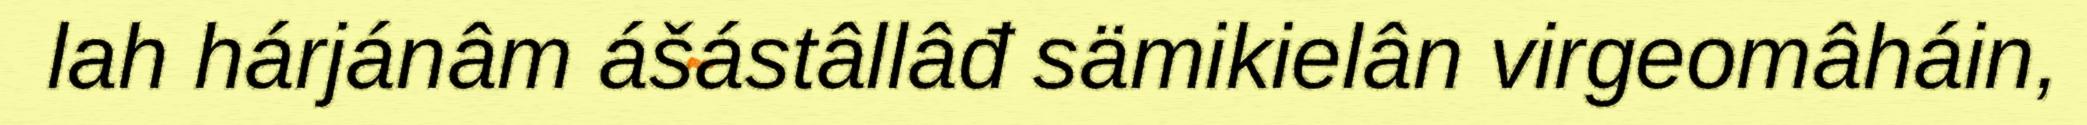
lah hárjánâm ášástâllâđ sämikielân virgeomâháin,